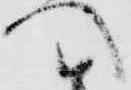
へ